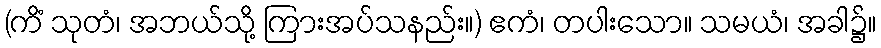
(ကိံ သုတံ၊ အဘယ်သို့ ကြားအပ်သနည်း။) ဧကံ၊ တပါးသော။ သမယံ၊ အခါ၌။